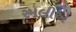
રમલીએ